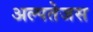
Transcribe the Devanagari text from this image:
अल्पतेजस